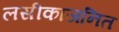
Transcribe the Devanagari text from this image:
लसीकाजनित